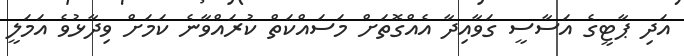
އަދި ޕާޓީގެ އަސާސީ ގަވާއިދާ އެއްގޮތަށް މަސައްކަތް ކުރައްވާނެ ކަމަށް ވިދާޅުވެ އަމަލީ